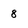
Character: 8